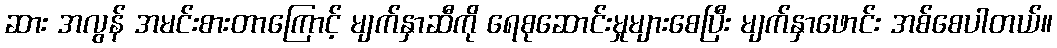
ဆား အလွန် အမင်းစားတာကြောင့် မျက်နှာဆီကို ရေစုဆောင်းမှုများစေပြီး မျက်နှာဖောင်း အစ်စေပါတယ်။